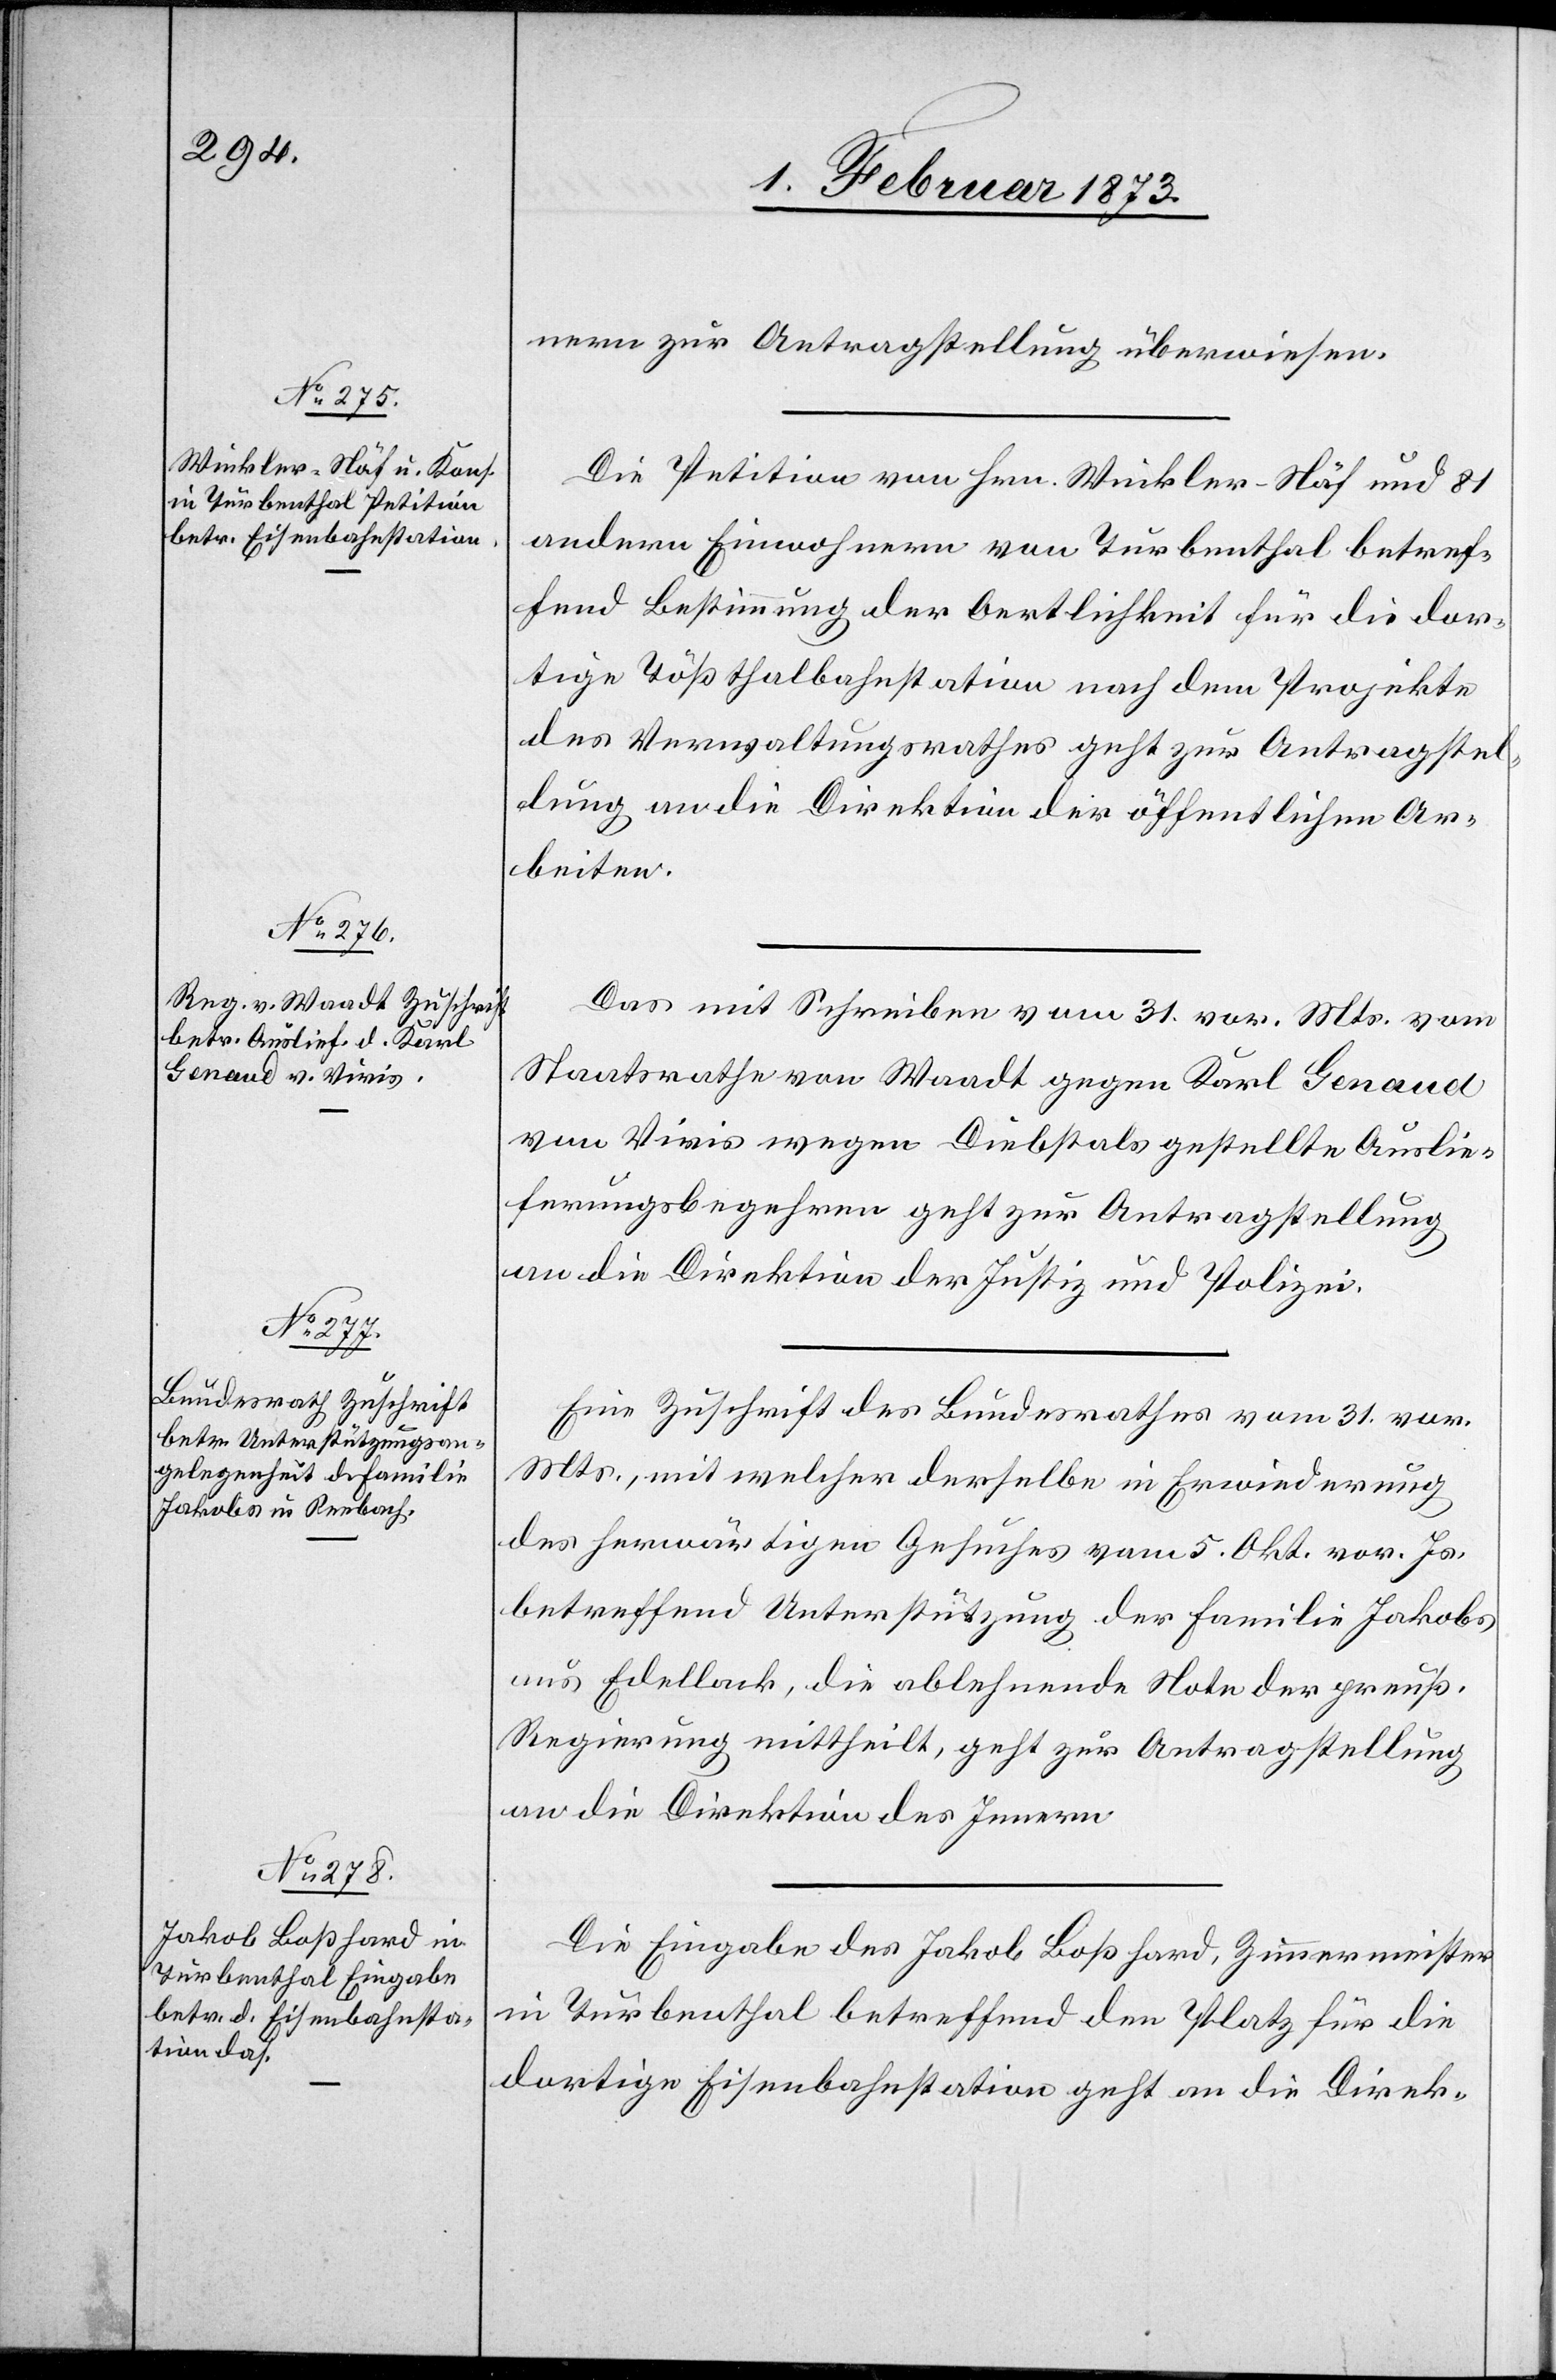
aus
[rect¬

3. Februar 1873.]
nern zur Antragstellung überwiesen.
Die Petition von Hrn. Winkler-Näf und 81
andern Einwohnern von Turbenthal betref¬
fend Bestimmung der Oertlichkeit für die dor¬
tige Tößthalbahnstation nach dem Projekte
des Verwaltungsrathes geht zur Antragstel¬
lung an die Direktion der öffentlichen Ar¬
beiten.
Das mit Schreiben vom 31. vor. Mts. vom
Staatsrathe von Waadt gegen Karl Genaud
von Vivis wegen Diebstals gestellte Auslie¬
ferungsbegehren geht zur Antragstellung
an die Direktion der Justiz u. Polizei.
Eine Zuschrift des Bundesrathes vom 31. vor.
Mts., mit welcher derselbe in Erwiederung
des herwärtigen Gesuches vom 5. Okt. vor. Js.
betreffend Unterstützung der Familie Jakobs
e: Eddelak], die ablehnende Note der preuß.
Regierung mittheilt, geht zur Antragstellung
an die Direktion des Innern.
Die Eingabe des Jakob Boßhard, Zimmermeister
in Turbenthal betreffend den Platz für die
dortige Eisenbahnstation geht an die Direk-